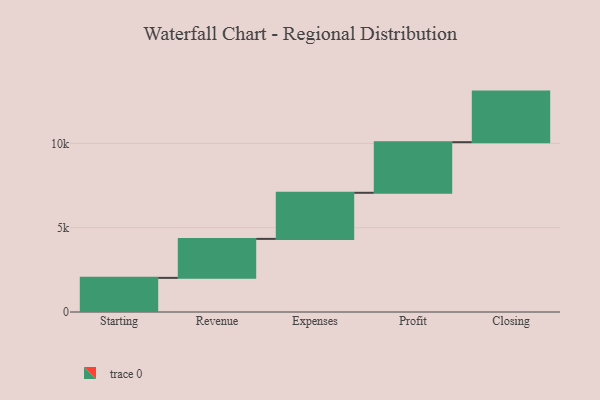
{"axis": {"x": "Step", "y": "Value"}, "legend": [""], "data": [{"x": "Starting", "y": 2024.0, "type": ""}, {"x": "Revenue", "y": 2312.0, "type": ""}, {"x": "Expenses", "y": 2733.0, "type": ""}, {"x": "Profit", "y": 3000, "type": ""}, {"x": "Closing", "y": 3000, "type": ""}]}